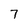
Character: 7